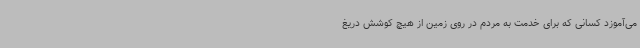
می‌آموزد کسانی که برای خدمت به مردم در روی زمین از هیچ کوشش دریغ